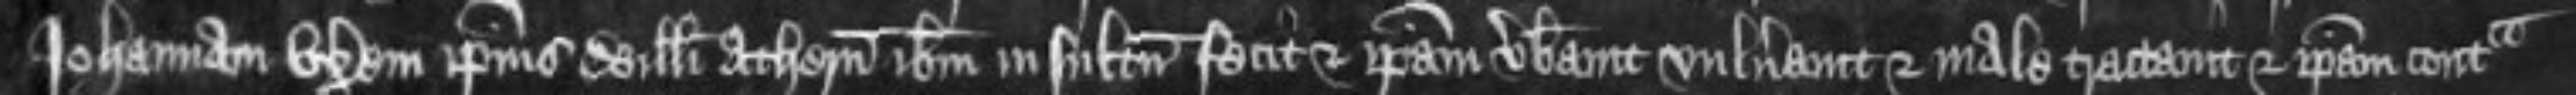
Johannam uxorem ipsius Willelmi Athern ibidem insultum fecit et ipsam verberavit vulneravit et male tractauit et ipsam contra